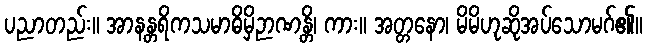
ပညာတည်း။ အာနန္တရိကသမာဓိမှိဉာဏန္တိ၊ ကား။ အတ္တနော၊ မိမိဟုဆိုအပ်သောမဂ်၏။